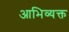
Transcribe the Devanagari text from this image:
आभिव्यक्त